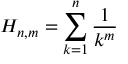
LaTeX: H _ { n , m } = \sum _ { k = 1 } ^ { n } { \frac { 1 } { k ^ { m } } }